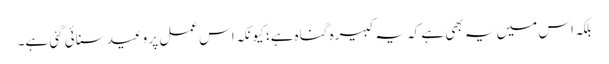
بلکہ اس میں یہ بھی ہے کہ یہ کبیرہ گناہ ہے؛ کیونکہ اس عمل پر وعید سنائی گئی ہے۔